Indian Medical Review
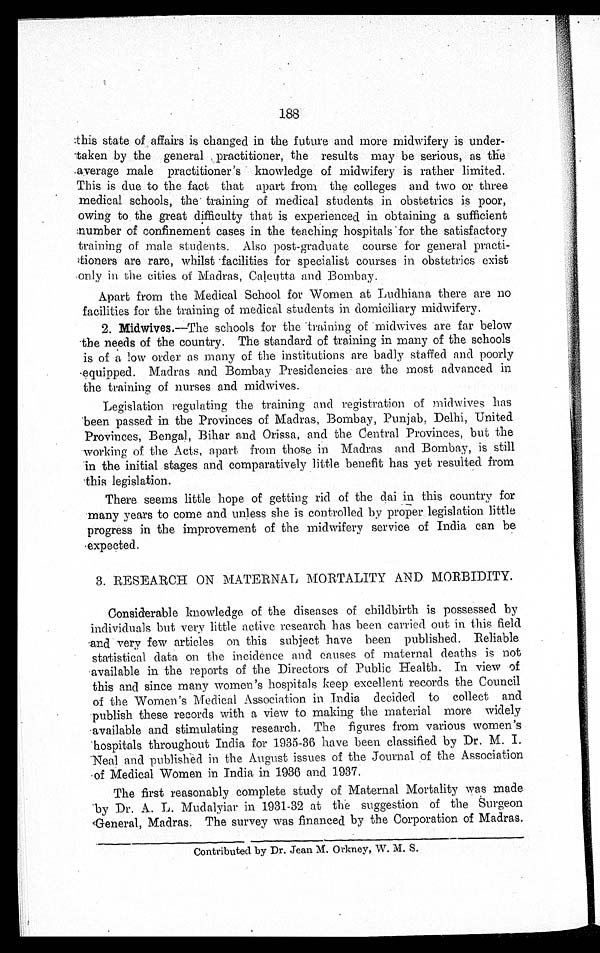
188
this state of affairs is changed in the future and more midwifery is under-
taken by the general practitioner, the results may be serious, as the
average male practitioner's knowledge of midwifery is rather limited.
This is due to the fact that apart from the colleges and two or three
medical schools, the training of medical students in obstetrics is poor,
owing to the great difficulty that is experienced in obtaining a sufficient
number of confinement cases in the teaching hospitals for the satisfactory
training of male students. Also post-graduate course for general practi-
tioners are rare, whilst facilities for specialist courses in obstetrics exist
only in the cities of Madras, Calcutta and Bombay.
Apart from the Medical School for Women at Ludhiana there are no
facilities for the training of medical students in domiciliary midwifery.
2.
Midwives. —The schools for the training of midwives are far below
the needs of the country. The standard of training in many of the schools
i s o f a l o w o r d e r a s ma n y o f t h e i n s t i t u t i o n s a r e b a d l y s t a f f e d a n d p o o r l y
equipped. Madras and Bombay Presidencies are the most advanced in
the training of nurses and midwives.
Legislation regulating the training and registration of midwives has
been passed in the Provinces of Madras, Bombay, Punjab, Delhi, United
Provinces, Bengal, Bihar and Orissa, and the Central Provinces, but the
working of the Acts, apart from those in Madras and Bombay, is still
in the initial stages and comparatively little benefit has yet resulted from
this legislation.
There seems little hope of getting rid of the dai in this country for
.many years to come and unless she is controlled by proper legislation little
progress in the improvement of the midwifery service of India can be
expected.
3. RESEARCH ON MATERNAL MORTALITY AND MORBIDITY.
Considerable knowledge of the diseases of childbirth is possessed by
individuals but very little active research has been carried out in this field
and very few articles on this subject have been published. Reliable
statistical data on the incidence and causes of maternal deaths is not
available in the reports of the Directors of Public Health. In view of
this and since many women's hospitals keep excellent records the Council
of the Women's Medical Association in India decided to collect and
publish these records with a view to making the material more widely
available and stimulating research. The figures from various women's
hospitals throughout India for 1935-36 have been classified by Dr. M. I.
Neal and published in the August issues of the Journal of the Association
of Medical Women in India in 1936 and 1937.
The first reasonably complete study of Maternal Mortality was made
by Dr. A. L. Mudalyiar in 1931-32 at the suggestion of the Surgeon
General, Madras. The survey was financed by the Corporation of Madras.
Contributed by Dr. Jean M. Orkney, W. M. S.